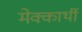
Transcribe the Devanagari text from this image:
मेक्कार्थी